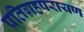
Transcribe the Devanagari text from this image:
प्रतिग्रहपरायण